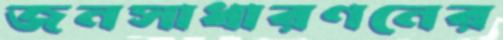
জনসাধারণনের